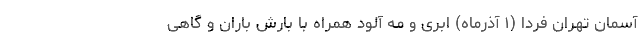
آسمان تهران فردا (۱ آذرماه) ابری و مه آلود همراه با بارش باران و گاهی